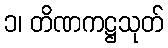
၁၊ တိဏကဋ္ဌသုတ်